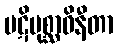
ပဋိပုစ္ဆာဝိနီတာ